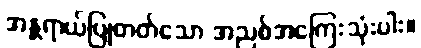
အန္တရာယ်ပြုတတ်သော အညစ်အကြေးသုံးပါး။